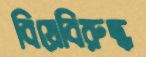
বিয়েবিরুদ্ধ